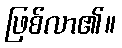
ဖြစ်လာ၏။